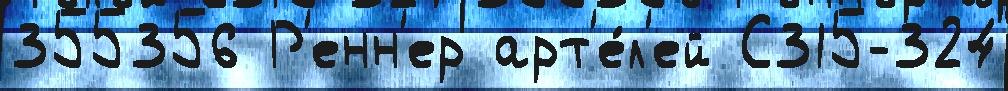
355356 Р'енн'ер арт'е́л'ей С315-324